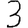
Digit: 3